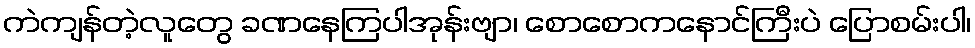
ကဲကျန်တဲ့လူတွေ ခဏနေကြပါအုန်းဗျာ၊ စောစောကနောင်ကြီးပဲ ပြောစမ်းပါ၊